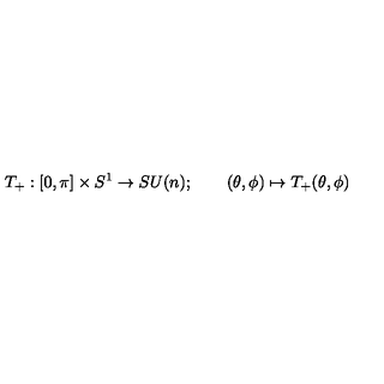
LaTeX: T _ { + } : [ 0 , \pi ] \times S ^ { 1 } \to S U ( n ) ; \qquad ( \theta , \phi ) \mapsto T _ { + } ( \theta , \phi )